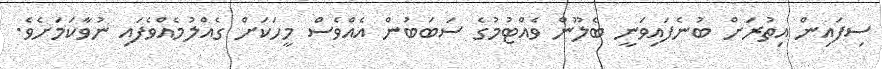
ސިފައިން އިތުރަށް ބުނެފައިވަނީ ބެލޫން ވެއްޓުމުގެ ސަބަބުން އެއްވެސް މީހަކަށް ގެއްލުމެއްވެފައި ނުވާކަމަށެވެ.